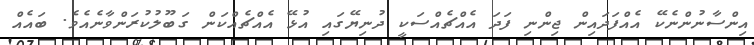
އިންސާނުންނެކޭ އެއްފަދައިން ޖިންނި ފަދަ އެއްޗެއްސަކީ ދުނިޔޭގައި އުޅޭ އެއްޗެއްކަން ގަބޫލުކުރަންވާނެއެވެ. ބައެއް